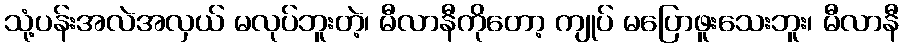
သုံ့ပန်းအလဲအလှယ် မလုပ်ဘူးတဲ့၊ မီလာနီကိုတော့ ကျုပ် မပြောဖူးသေးဘူး၊ မီလာနီ